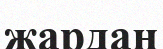
жардан